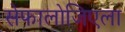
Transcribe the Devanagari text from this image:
सेफालोजिएला